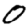
Digit: 0